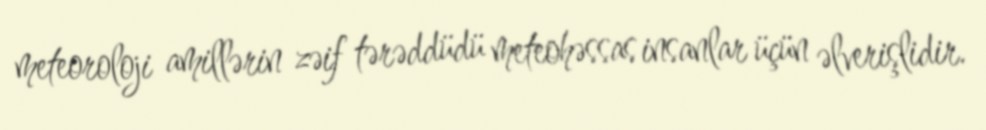
meteoroloji amillərin zəif tərəddüdü meteohəssas insanlar üçün əlverişlidir.